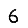
Digit: 6